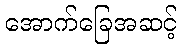
အောက်ခြေအဆင့်